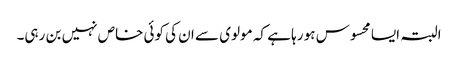
البتہ ایسا محسوس ہو رہا ہے کہ مولوی سے ان کی کوئی خاص نہیں بن رہی۔